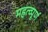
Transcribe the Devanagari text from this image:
महत्‍व्‍पूर्ण